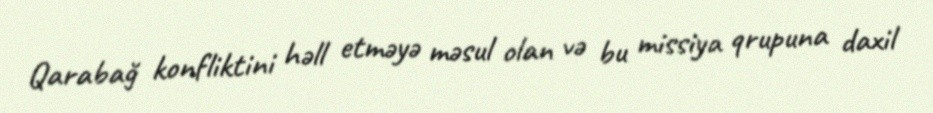
Qarabağ konfliktini həll etməyə məsul olan və bu missiya qrupuna daxil